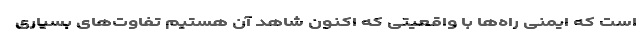
است که ایمنی راه‌ها با واقعیتی که اکنون شاهد آن هستیم تفاوت‌های بسیاری